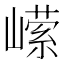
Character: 𭗗